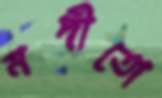
নদীতো